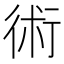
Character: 術